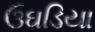
ઉઘડિયા